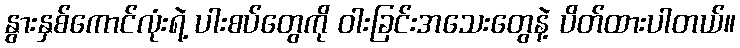
နွားနှစ်ကောင်လုံးရဲ့ ပါးစပ်တွေကို ဝါးခြင်းအသေးတွေနဲ့ ပိတ်ထားပါတယ်။